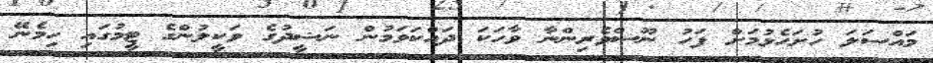
މައްސަލަ ހުށަހެޅުމަށް ފަހު ނޫސްވެރިންނާ ވާހަކަ ދައްކަވަމުން ނަޝީދުގެ ވަކީލުންގެ ޓީމުގައި ހިމެނޭ